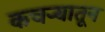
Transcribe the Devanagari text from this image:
कचऱ्यातून